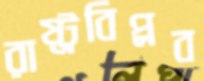
রাষ্ট্রবিপ্লব